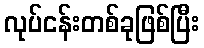
လုပ်ငန်းတစ်ခုဖြစ်ပြီး